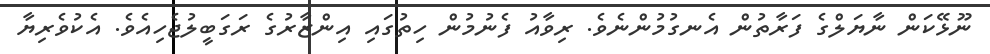
ނޫޅޭކަން ނާޔަލްގެ ފަރާތުން އެނގުމުންނެވެ. ރިވާއު ފެނުމުން ހިތުގައި އިންޒާރުގެ ރަގަބީލުޖެހިއެވެ. އެކުވެރިޔާ